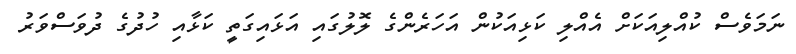
ނަމަވެސް ކުއްލިއަކަށް އެއްލި ކަޅިއަކުން އަހަރެންގެ ލޮލުގައި އަޅައިގަތީ ކަޅާއި ހުދުގެ ދުވަސްވަރު